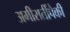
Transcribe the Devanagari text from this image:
अमीरातींपैकी